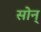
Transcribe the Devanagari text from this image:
सोन्